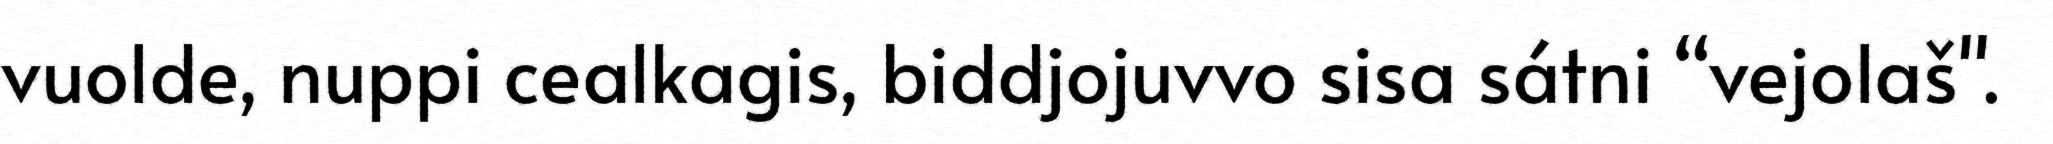
vuolde, nuppi cealkagis, biddjojuvvo sisa sátni “vejolaš".